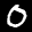
Label: 0